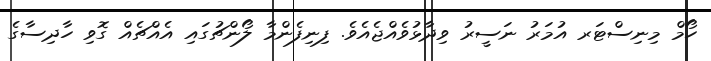
ހޯމް މިނިސްޓަރ އުމަރު ނަސީރު ވިދާޅުވެއްޖެއެވެ. ފިނިފެންމާ ލޯންޗުގައި އެއްޗެއް ގޮވި ހާދިސާގެ